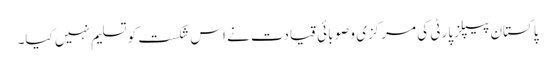
پاکستان پیپلزپارٹی کی مرکزی و صوبائی قیادت نے اس شکست کو تسلیم نہیں کیا۔